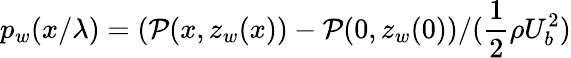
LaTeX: p_{w}(x/\lambda)=(\mathcal{P}(x,z_{w}(x))-\mathcal{P}(0,z_{w}(0))/(\frac{1}{2}\rho U_{b}^{2})